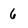
Character: 6